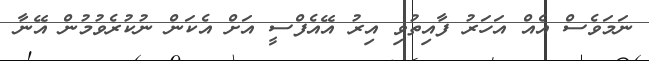
ނަމަވެސް އެއް އަހަރު ފާއިތުވި އިރު އޭއެފްސީ އަށް އެކަން ނުކުރެވުމުން އޭނާ